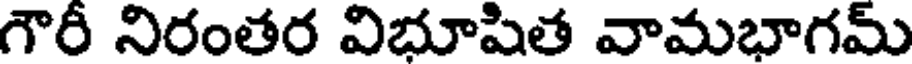
గౌరీ నిరంతర విభూషిత వామభాగమ్